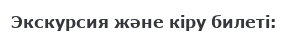
Экскурсия және кіру билеті: